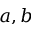
a , b